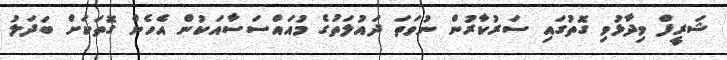
ޝަރީފް ވިދާޅުވި ގޮތުގައި ސަރުކާރުން ނުވަތަ ދައުލަތުގެ މުއައްސަސާއަކުން އެހެން ގޮތަކަށް ބަދަލު